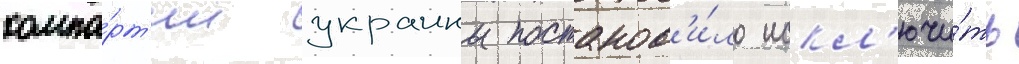
компа́рт'ии украины постанов'и́ло искл'ючи́ть